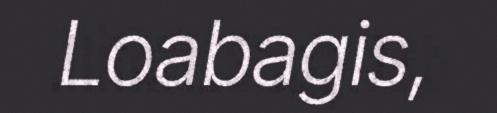
Loabagis,